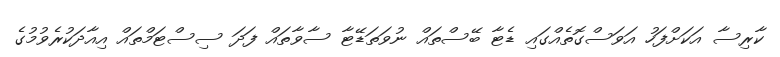
ކާރިސާ އަކަށްފަހު އަވަސްގޮތެއްގައި ޑެޓާ ބޭސްތައް ނުވަތަޑޭޓާ ސާވާތައް ފަދަ ސިސްޓަމްތައް އިއާދަކުރެވުމުގެ